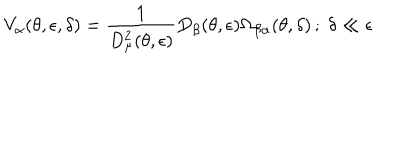
V _ { \alpha } ( \theta , \epsilon , \delta ) = \frac { 1 } { D _ { \mu } ^ { 2 } ( \theta , \epsilon ) } D _ { \beta } ( \theta , \epsilon ) \Omega _ { \beta \alpha } ( \theta , \delta ) \, ; \; \delta \ll \epsilon